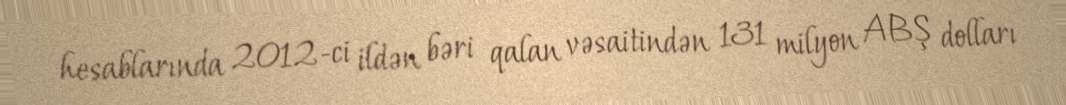
hesablarında 2012-ci ildən bəri qalan vəsaitindən 131 milyon ABŞ dolları